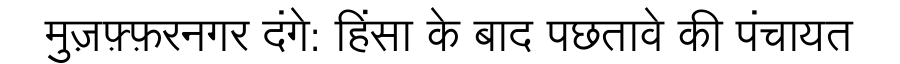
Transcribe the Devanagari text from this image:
मुज़फ़्फ़रनगर दंगे: हिंसा के बाद पछतावे की पंचायत